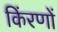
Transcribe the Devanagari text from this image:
किंरणों